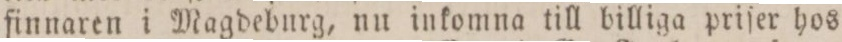
finnaren i Magdeburg, nu inkomna till billiga priſer hos